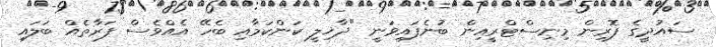
ސައުދީގެ ފޮރިން މިނިސްޓްރީއިން ބުނެފައިވަނީ "ދާޚިލީ ކަންކަމާއި ބެހޭ އެއްވެސް ފަރާތެއް ބަލައި